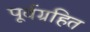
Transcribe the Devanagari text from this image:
पूर्वग्रहित